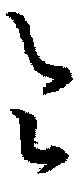
今